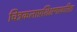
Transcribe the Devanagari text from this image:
चित्रकलाप्रशिक्षणाकरिता